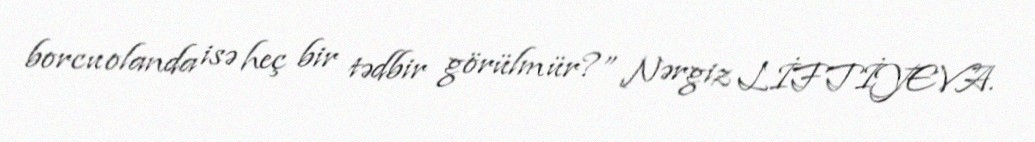
borcu olanda isə heç bir tədbir görülmür?” Nərgiz LİFTİYEVA.